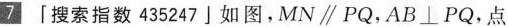
7「搜索指数435247」如图，MN \parallel PQ，AB\bot PQ，点